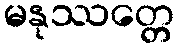
မနုဿတ္တေ